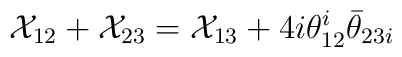
{\cal X}_{12}+{\cal X}_{23}={\cal X}_{13}+4i\theta^{i}_{12}\bar{\theta}_{23i}